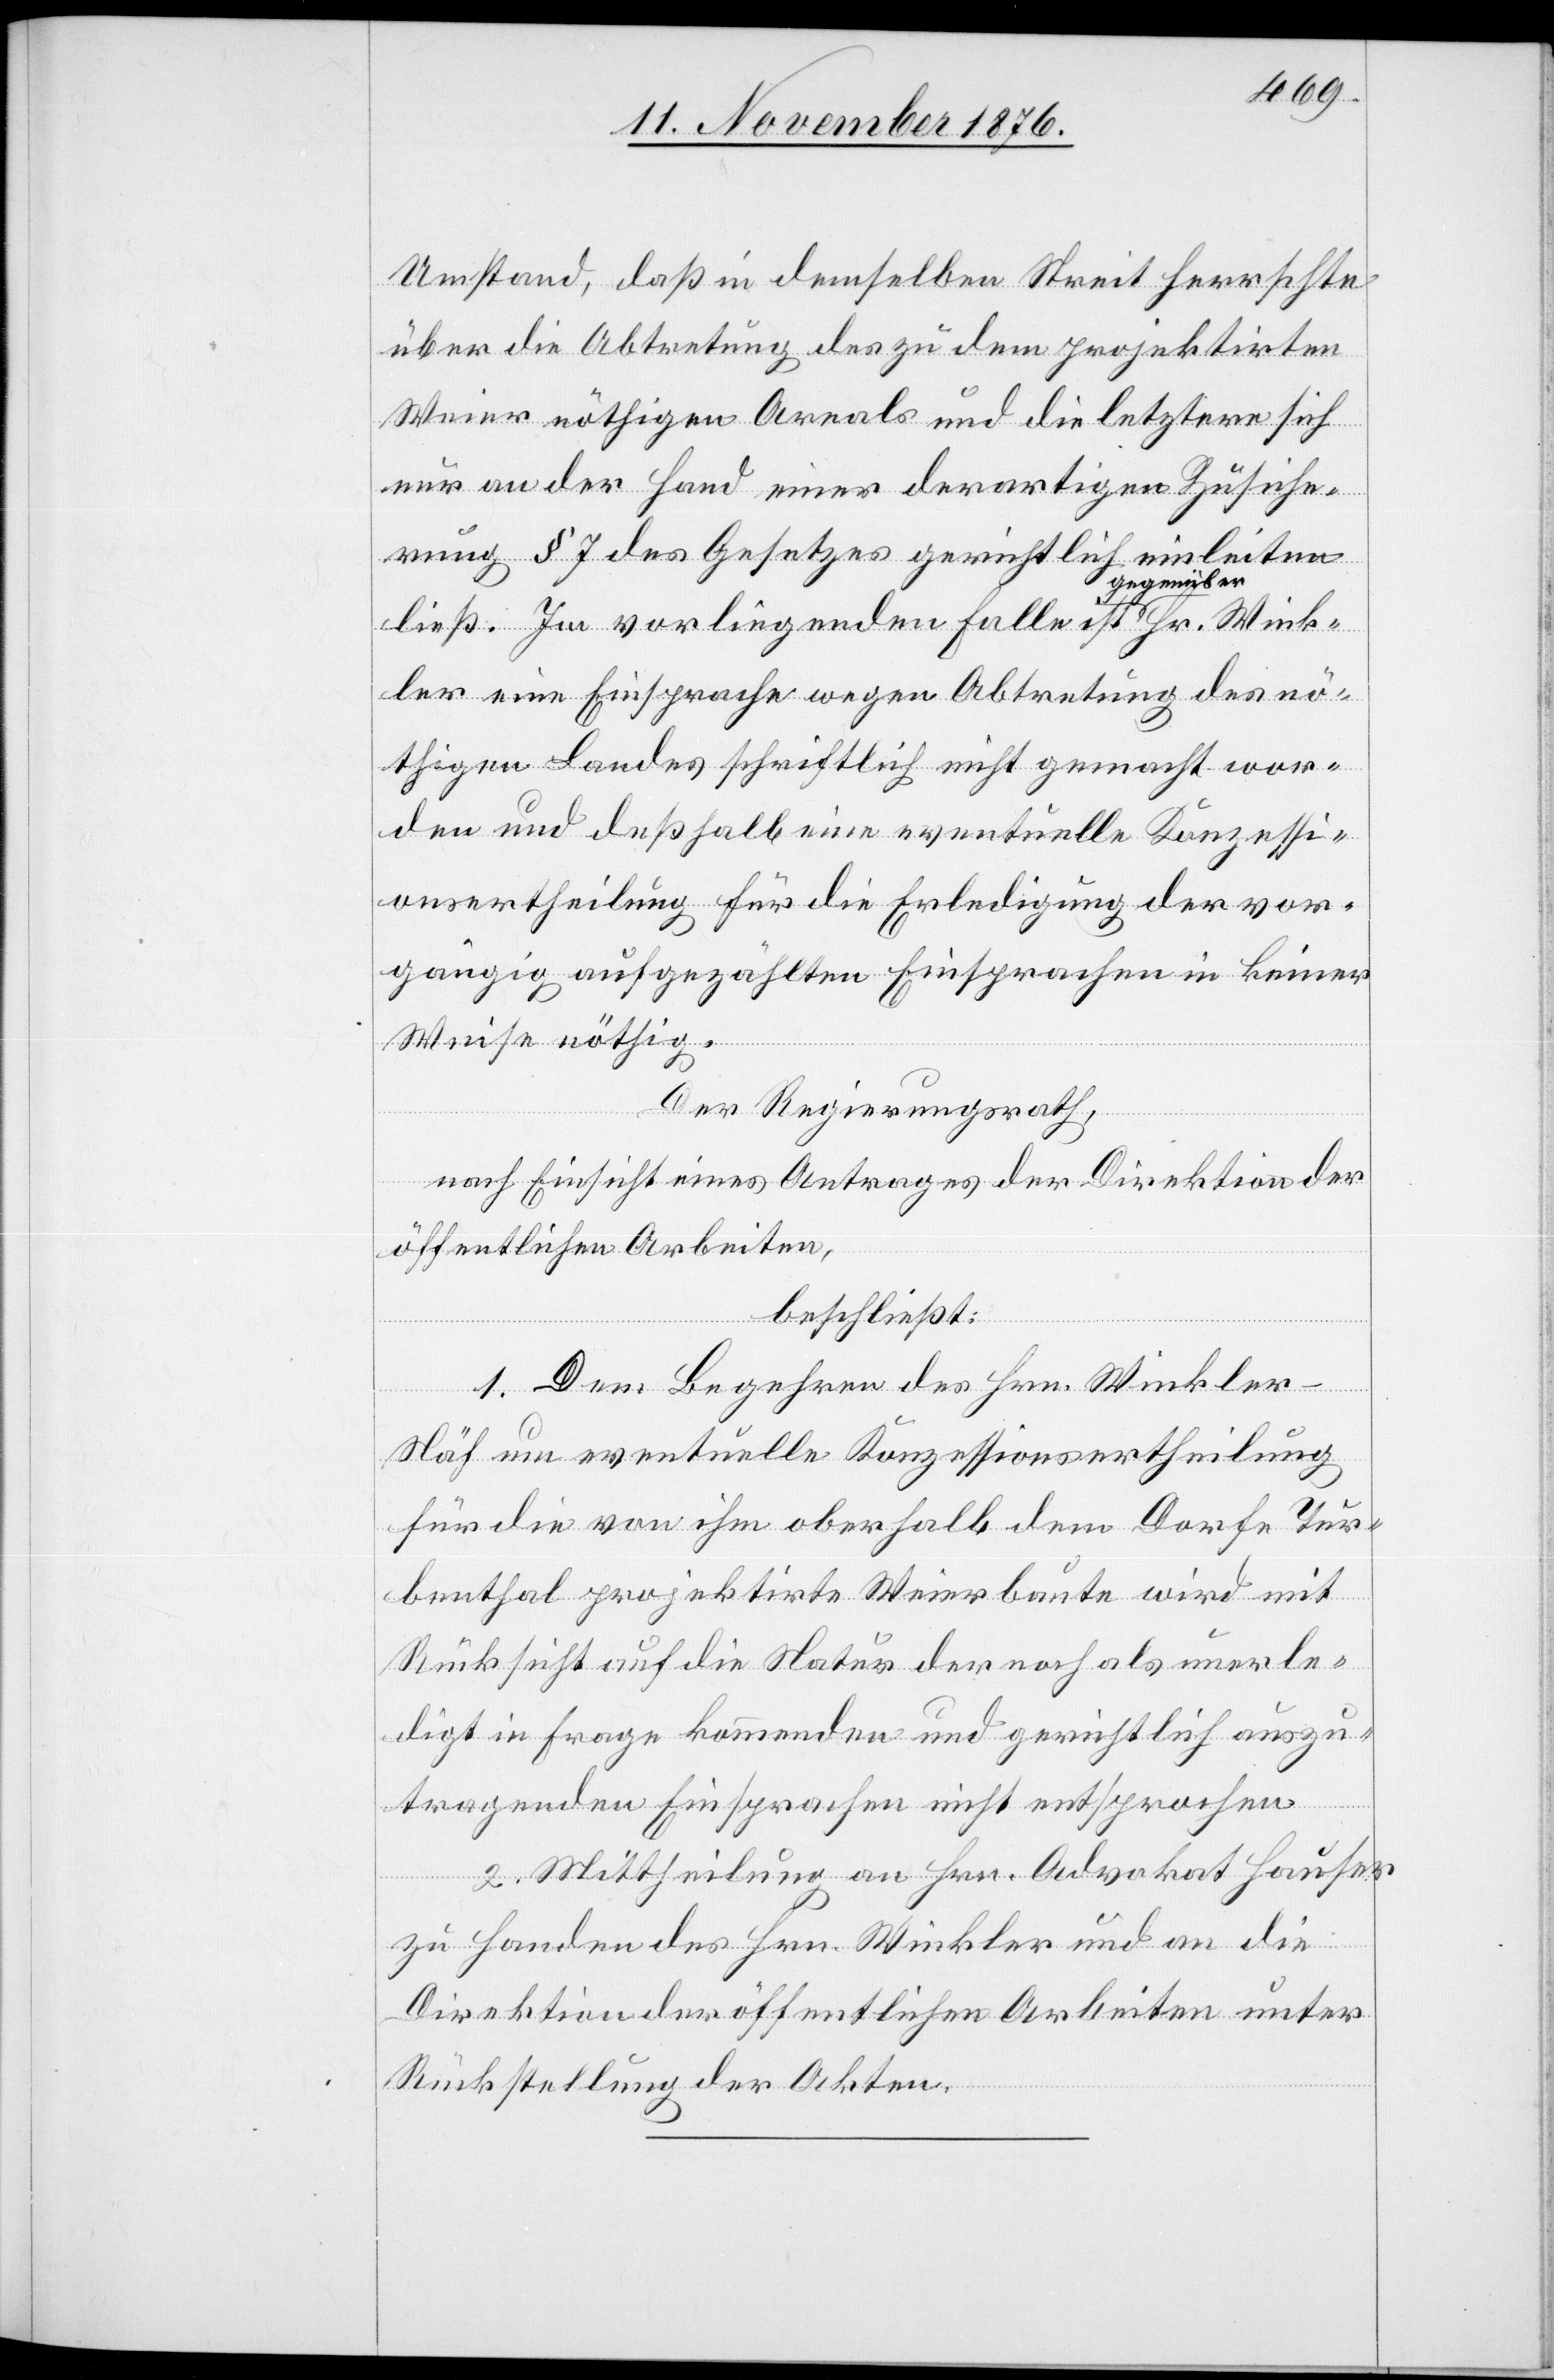
Umstand, daß in demselben Streit herrschte
über die Abtretung des zu dem projektirten
Weier nöthigen Areals und die letztere sich
nur an der Hand einer derartigen Zusiche¬
rung § 7 des Gesetzes gerichtlich einleiten
gegenüber
ler eine Einsprache wegen Abtretung des nö¬
thigen Landes schriftlich nicht gemacht wor¬
den und deßhalb eine eventuelle Konzessi¬
onsertheilung für die Erledigung der vor¬
gängig aufgezählten Einsprachen in keiner
Weise nöthig.
Der Regierungsrath,
nach Einsicht eines Antrages der Direktion der
öffentlichen Arbeiten,
beschließt:
1. Dem Begehren des Hrn. Winkler-N¬
äf um eventuelle Konzessionsertheilung
für die von ihm oberhalb dem Dorfe Tur¬
benthal projektirte Weierbaute wird mit
Rücksicht auf die Natur der noch als unerle¬
digt in Frage kommenden und gerichtlich auszu¬
Wink¬
tragenden Einsprachen nicht entsprochen.
2. Mittheilung an Hrn. Advokat Hauser
zu Handen des Hrn. Winkler und an die
Direktion der öffentlichen Arbeiten unter
Rückstellung der Akten.